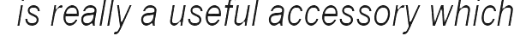
is really a useful accessory which